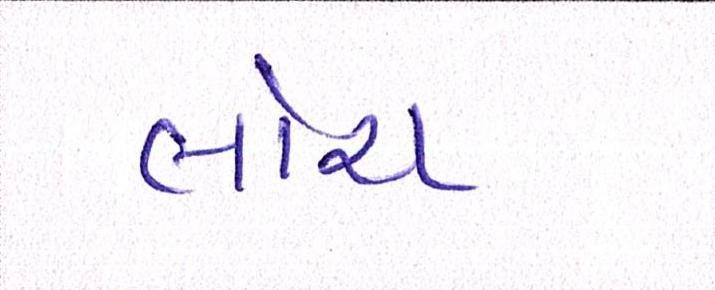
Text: લોંચ